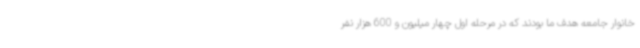
خانوار جامعه هدف ما بودند که در مرحله اول چهار میلیون و 600 هزار نفر